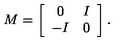
M = \left[ \begin{array} { c c } { 0 } & { I } \\ { - I } & { 0 } \\ \end{array} \right] .